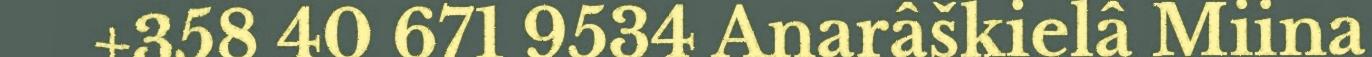
+358 40 671 9534 Anarâškielâ Miina